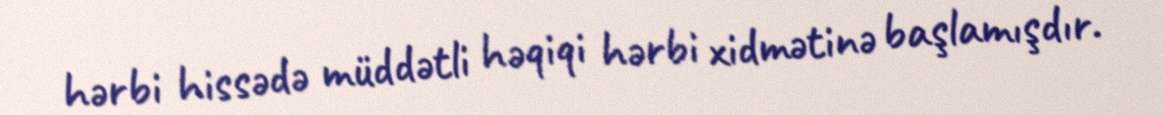
hərbi hissədə müddətli həqiqi hərbi xidmətinə başlamışdır.